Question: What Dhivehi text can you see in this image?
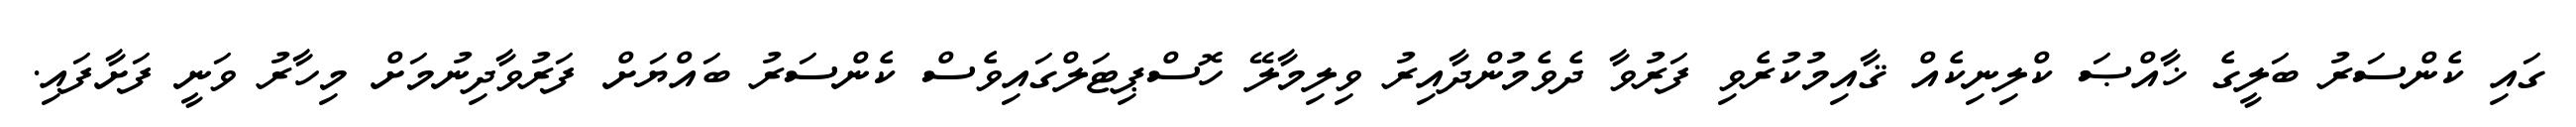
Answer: ގައި ކެންސަރު ބަލީގެ ޚާއްޞަ ކްލިނިކެއް ޤާއިމުކުރެވި ފަރުވާ ދެވެމުންދާއިރު ވިލިމާލޭ ހޮސްޕިޓަލްގައިވެސް ކެންސަރު ބައްޔަށް ފަރުވާދިނުމަށް މިހާރު ވަނީ ފަށާފައި.